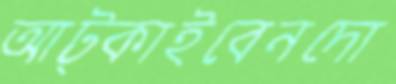
আট্‌কাইবেনদো